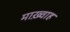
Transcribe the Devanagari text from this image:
माख़्वाह